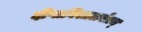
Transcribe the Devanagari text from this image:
दीप्तविशालनेत्रम्